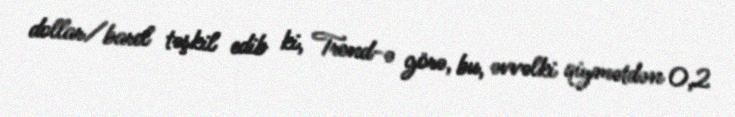
dollar/barel təşkil edib ki, Trend-ə görə, bu, əvvəlki qiymətdən 0,2